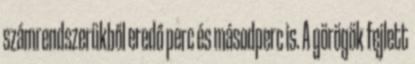
számrendszerükből eredő perc és másodperc is. A görögök fejlett